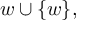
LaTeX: w \cup \{ w \} ,